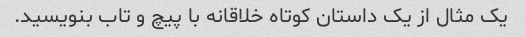
یک مثال از یک داستان کوتاه خلاقانه با پیچ و تاب بنویسید.